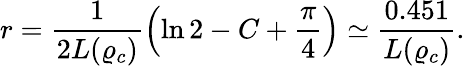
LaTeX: r=\frac{1}{2L(\varrho_{c})}\left(\ln 2-C+\frac{\pi}{4}\right)\simeq\frac{0.451}{L(\varrho_{c})}.